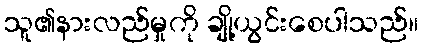
သူ၏နားလည်မှုကို ချို့ယွင်းစေပါသည်။